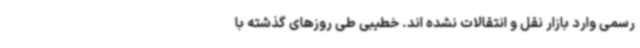
رسمی وارد بازار نقل و انتقالات نشده اند. خطیبی طی روزهای گذشته با